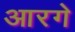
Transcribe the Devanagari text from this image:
आरगे